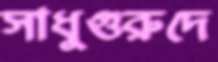
সাধুগুরুদে